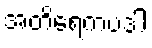
အတိရေကပဒါ